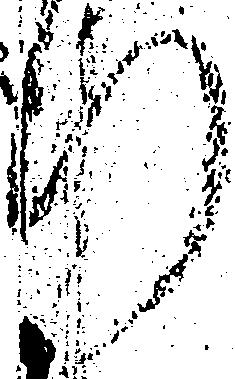
行